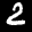
Label: 2